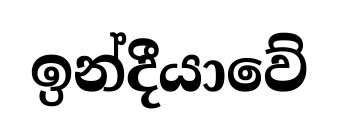
ඉන්දීයාවේ